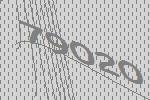
79020